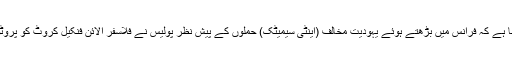
غیر ملکی میڈیا کا کہنا ہے کہ فرانس میں بڑھتے ہوئے یہودیت مخالف (اینٹی سیمیٹک) حملوں کے پیش نظر پولیس نے فلاسفر الائن فنکیل کروٹ کو پروٹوکول فراہم کردیا ہے۔